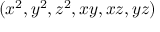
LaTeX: ( x ^ { 2 } , y ^ { 2 } , z ^ { 2 } , x y , x z , y z )